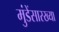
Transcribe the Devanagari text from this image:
मुंडेंसारख्या